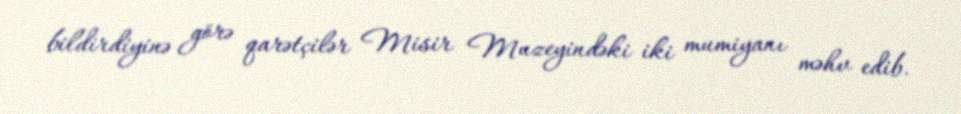
bildirdiyinə görə qarətçilər Misir Muzeyindəki iki mumiyanı məhv edib.